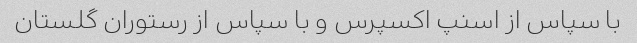
با سپاس از اسنپ اکسپرس و با سپاس از رستوران گلستان